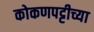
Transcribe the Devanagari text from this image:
कोकणपट्टीच्या